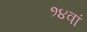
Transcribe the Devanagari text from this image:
१४वां